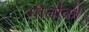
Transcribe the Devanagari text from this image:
गीतोंको